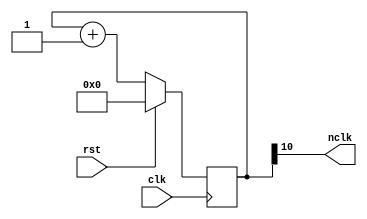
module foursegclk(
input clk,
input rst,
output nclk
);

reg [10:0] count_q,count_d;
assign nclk=count_q[10];

always @(count_q) begin
	count_d=count_q + 1'b1;
end

always @(posedge clk) begin
	if (rst) count_q<=11'b0;
	else	count_q<=count_d;
end

endmodule